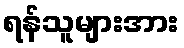
ရန်သူများအား